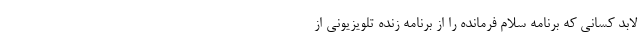
لابد کسانی که برنامه سلام فرمانده را از برنامه زنده تلویزیونی از